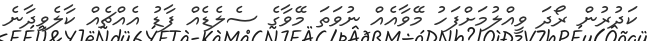
ކަދުރުން ރޯދަ ވީއްލުމަށްފަހު މޭވާއެއް ނުވަތަ މޭވާގެ ސެލެޑެއް ފާޑު އެއްޗެއް ކާލެވިދާނެ